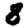
Digit: 8